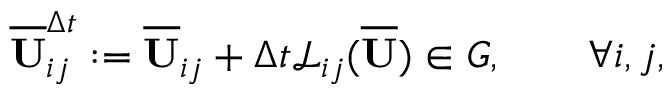
\overline { { \mathbf { U } } } _ { i j } ^ { \Delta t } : = \overline { { \mathbf { U } } } _ { i j } + \Delta t \mathcal { L } _ { i j } ( \overline { { \mathbf { U } } } ) \in G , \qquad \forall i , j ,